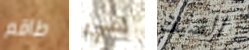
طاقم هي الضيف